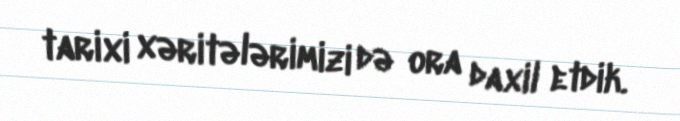
tarixi xəritələrimizi də ora daxil etdik.